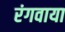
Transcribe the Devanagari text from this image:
रंगवाया